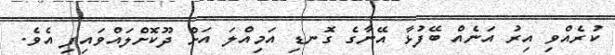
ކުރެއްވި އިރު އަނެއް ބޭފުޅާ އޭނާގެ ގޮނޑި އަމިއްލަ އަށް ދޫކޮށްލައްވައިފި އެވެ.